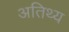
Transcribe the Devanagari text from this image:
अतिथ्य